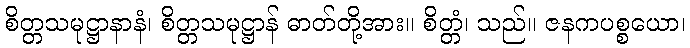
စိတ္တသမုဋ္ဌာနာနံ၊ စိတ္တသမုဋ္ဌာန် ဓာတ်တို့အား။ စိတ္တံ၊ သည်။ ဇနကပစ္စယော၊